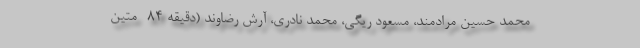
محمد حسین مرادمند، مسعود ریگی، محمد نادری، آرش رضاوند (دقیقه ۸۴- متین